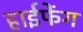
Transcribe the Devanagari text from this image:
हाईफेंग